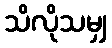
သိလိုသမျှ